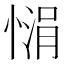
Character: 𪬙